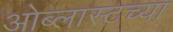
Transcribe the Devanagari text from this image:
ओब्लास्टच्या